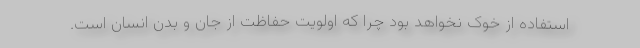
استفاده از خوک نخواهد بود چرا که اولویت حفاظت از جان و بدن انسان است.